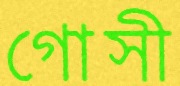
গোসী